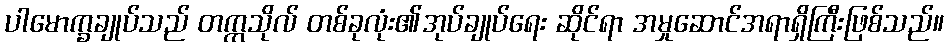
ပါမောက္ခချုပ်သည် တက္ကသိုလ် တစ်ခုလုံး၏အုပ်ချုပ်ရေး ဆိုင်ရာ အမှုဆောင်အရာရှိကြီးဖြစ်သည်။